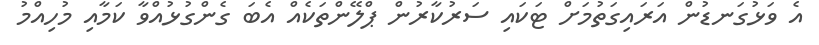
އެ ވަޅުގަނޑުން އަރައިގަތުމަށް ޓަކައި ސަރުކާރުން ޕްލޭންތަކެއް އެބަ ގެންގުޅުއްވާ ކަމާއި މުހިއްމު